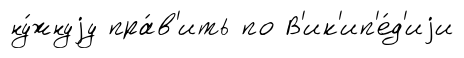
ну́жнуjу пра́в'ить по В'ик'ип'е́д'иjи